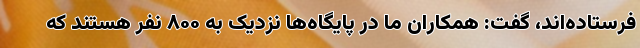
فرستاده‌اند، گفت: همکاران ما در پایگاه‌ها نزدیک به ۸۰۰ نفر هستند که